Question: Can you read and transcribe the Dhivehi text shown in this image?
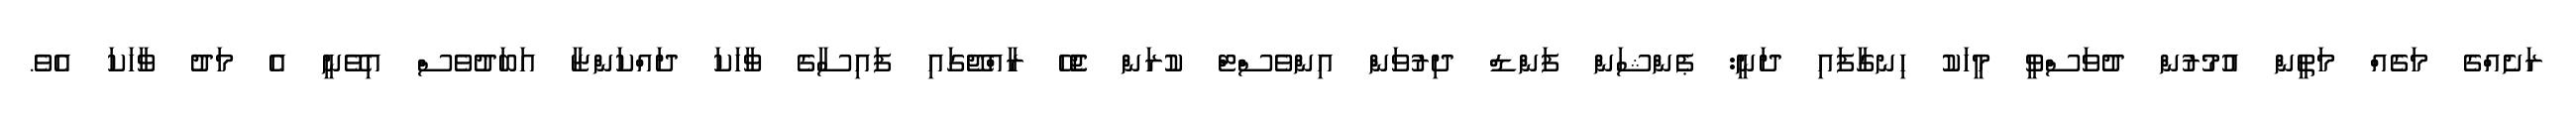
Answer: ރަށެއްގެ މަގެއް މަތީން އުމުރުން ދުވަސްވީ މީހަކު ހިނގާފައި ދަނީ: ޕެންޝަން ފަންޑް ދިރުވަންް އިންވެސްޓް ކުރަން ޖެހޭ ރާއްޖޭގައި ފައިސާގެ ވާހަކަ ދައްކަންޏާ އަބަދުވެސް އިވޭނީ އެ މަދު ވާހަކަ އެވެ.